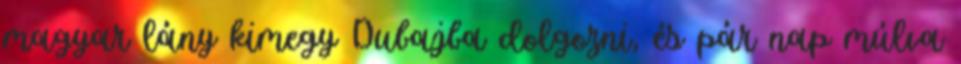
magyar lány kimegy Dubajba dolgozni, és pár nap múlva